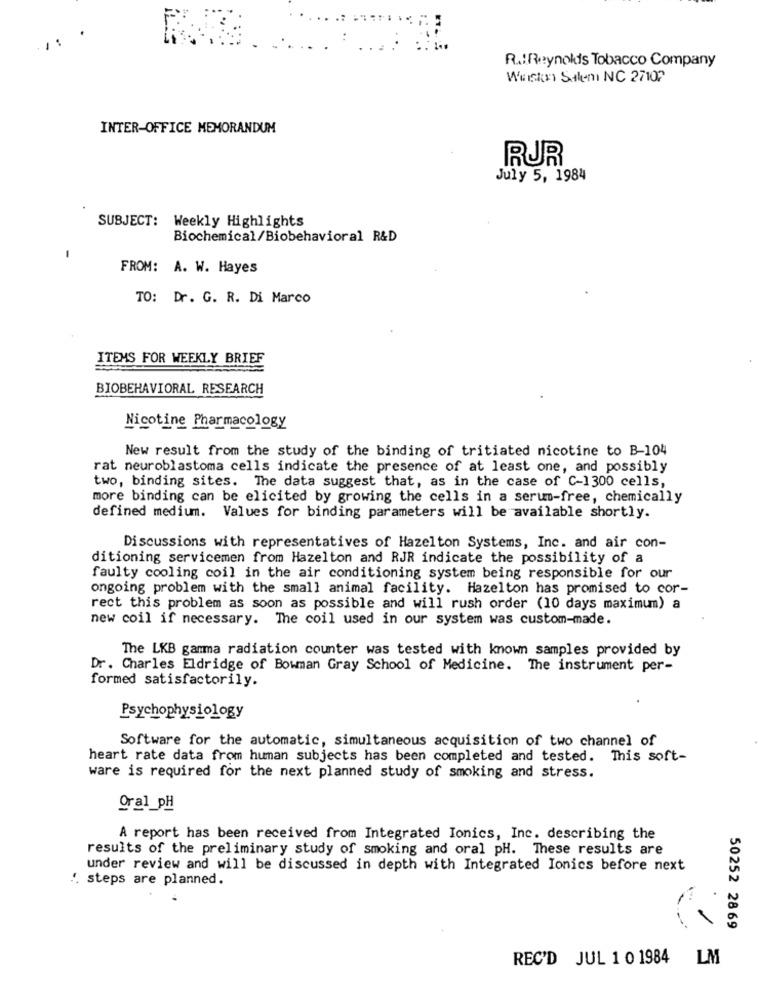
R .: Reynolds Tobacco Company
Waston Salemi NC 27107
INTER-OFFICE MEMORANDUM
RUR
July 5, 1984
SUBJECT:
Weekly Highlights
Biochemical/Biobehavioral R&D
FROM: A. W. Hayes
TO: Dr. G. R. Di Marco
ITEMS FOR WEEKLY BRIEF
BIOBEHAVIORAL RESEARCH
Nicotine Pharmacology
New result from the study of the binding of tritiated nicotine to B-104
rat neuroblastoma cells indicate the presence of at least one, and possibly
two, binding sites. The data suggest that, as in the case of C-1300 cells,
more binding can be elicited by growing the cells in a serum-free, chemically
defined medium. Values for binding parameters will be available shortly.
Discussions with representatives of Hazelton Systems, Inc. and air con-
ditioning servicemen from Hazelton and RJR indicate the possibility of a
faulty cooling coil in the air conditioning system being responsible for our
ongoing problem with the small animal facility. Hazelton has promised to cor-
rect this problem as soon as possible and will rush order (10 days maximum) a
new coil if necessary. The coil used in our system was custom-made.
The LKB gamma radiation counter was tested with known samples provided by
Dr. Charles Eldridge of Bowman Gray School of Medicine. The instrument per-
formed satisfactorily.
Psychophysiology
Software for the automatic, simultaneous acquisition of two channel of
heart rate data from human subjects has been completed and tested. This soft-
ware is required for the next planned study of smoking and stress.
Oral_pH
A report has been received from Integrated Ionics, Inc. describing the
results of the preliminary study of smoking and oral pH. These results are
under review and will be discussed in depth with Integrated Ionics before next
". steps are planned.
50252 2869
REC'D JUL 1 0 1984 LM